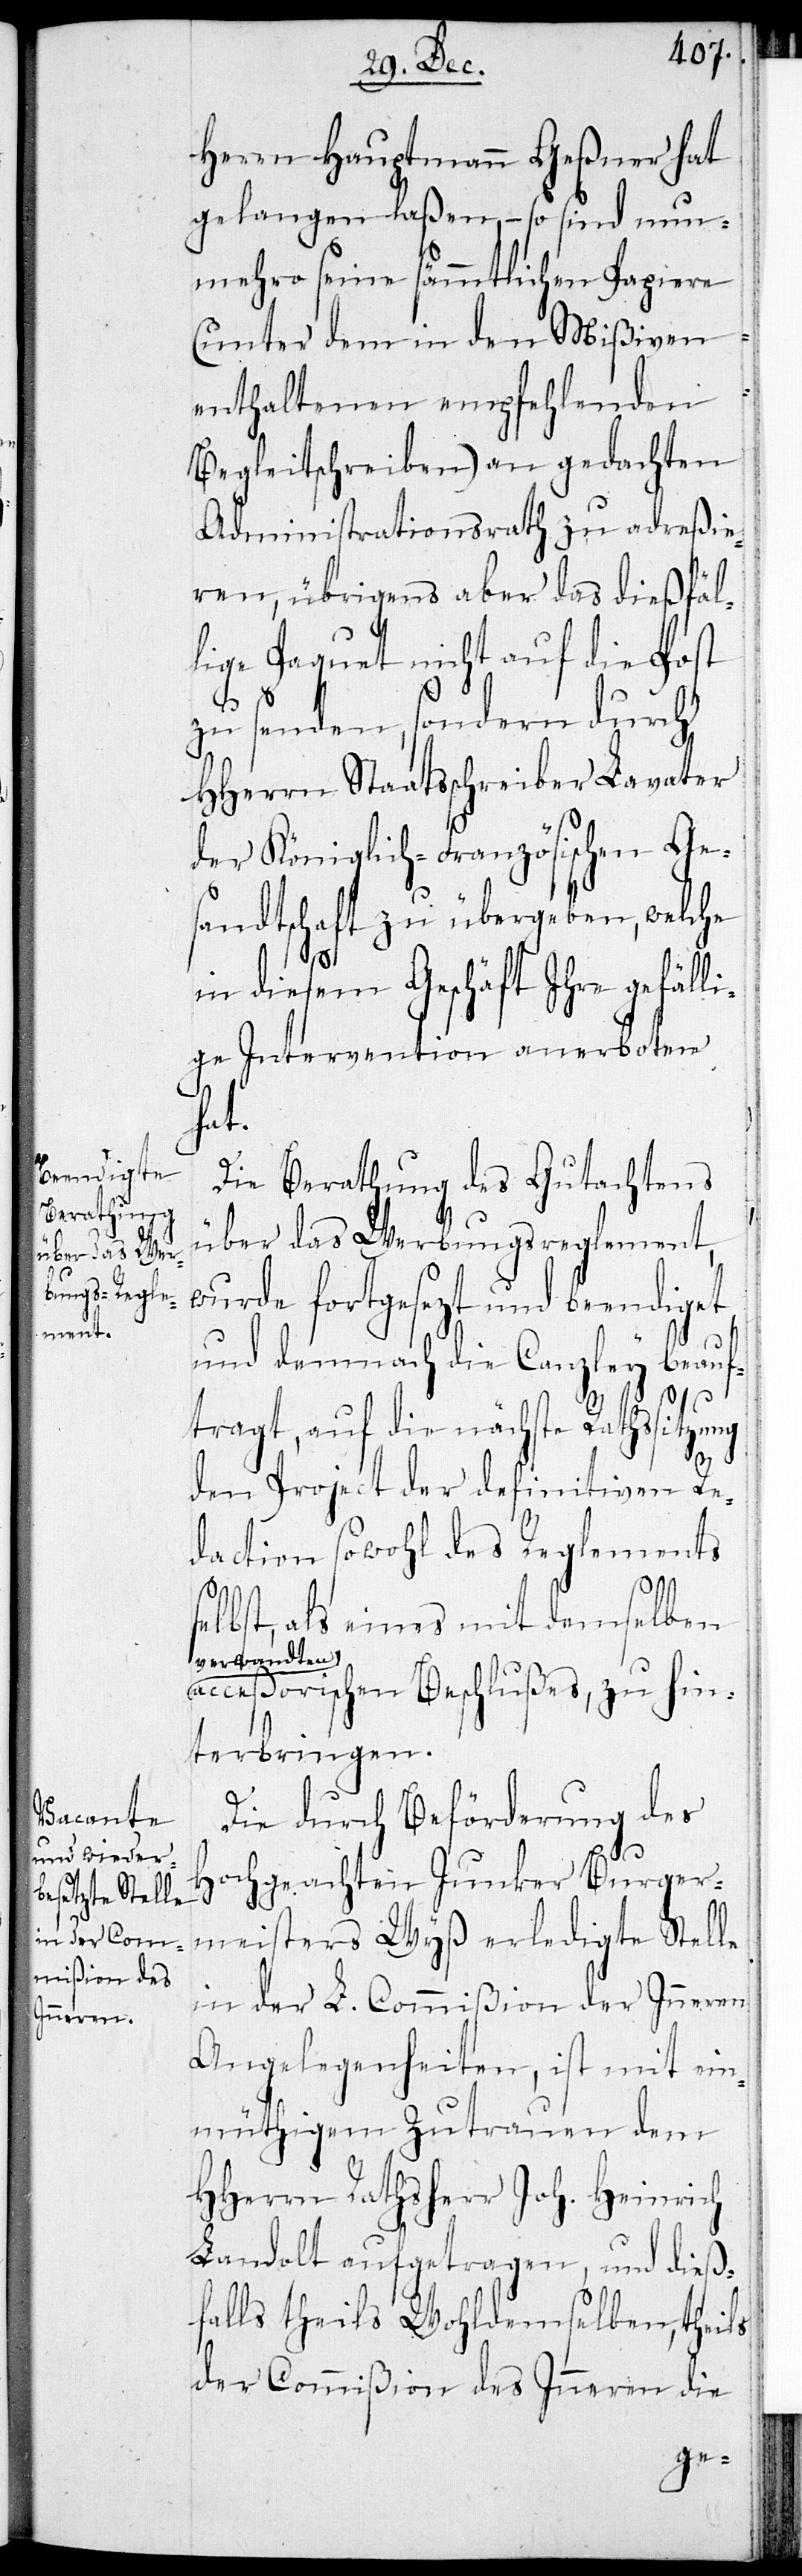
Herrn Hauptmann Geßner hat
gelangen laßen, – so sind nun¬
mehro seine sämmtlichen Papiere
(unter dem in den Mißiven
enthaltenen empfehlenden
Begleitschreiben) an gedachten
Administrationsrath zu adreßie¬
ren, übrigens aber das dießfäl¬
lige Paquet nicht auf die Post
zu senden, sondern durch
HHerrn Staatsschreiber Lavater
der Königlich-Französischen Ge¬
sandtschaft zu übergeben, welche
in diesem Geschäft ihre gefäll¬
ige Intervention anerboten
hat.
Die Berathung des Gutachtens
über das Werbungsreglement,
wurde fortgesezt und beendiget
und demnach die Canzley beauf¬
s¬
tragt, auf die nächste Rathssitzung
dem Project der definitiven Re¬
daction sowohl des Reglements
elbst, als eines mit demselben
a-verwandten-a
acceßorischen Beschlußes, zu hin¬
terbringen.
Die durch Beförderung des
Hochgeachten Junker Burger¬
meisters Wyß erledigte Stelle
in der L. Commißion der Inneren
Angelegenheiten, ist mit ein¬
müthigem Zutrauen dem
HHerrn Rathsherr Joh. Heinrich
Landolt aufgetragen, und dieß¬
falls theils Wohldemselben, theils
der Commißion des Inneren die